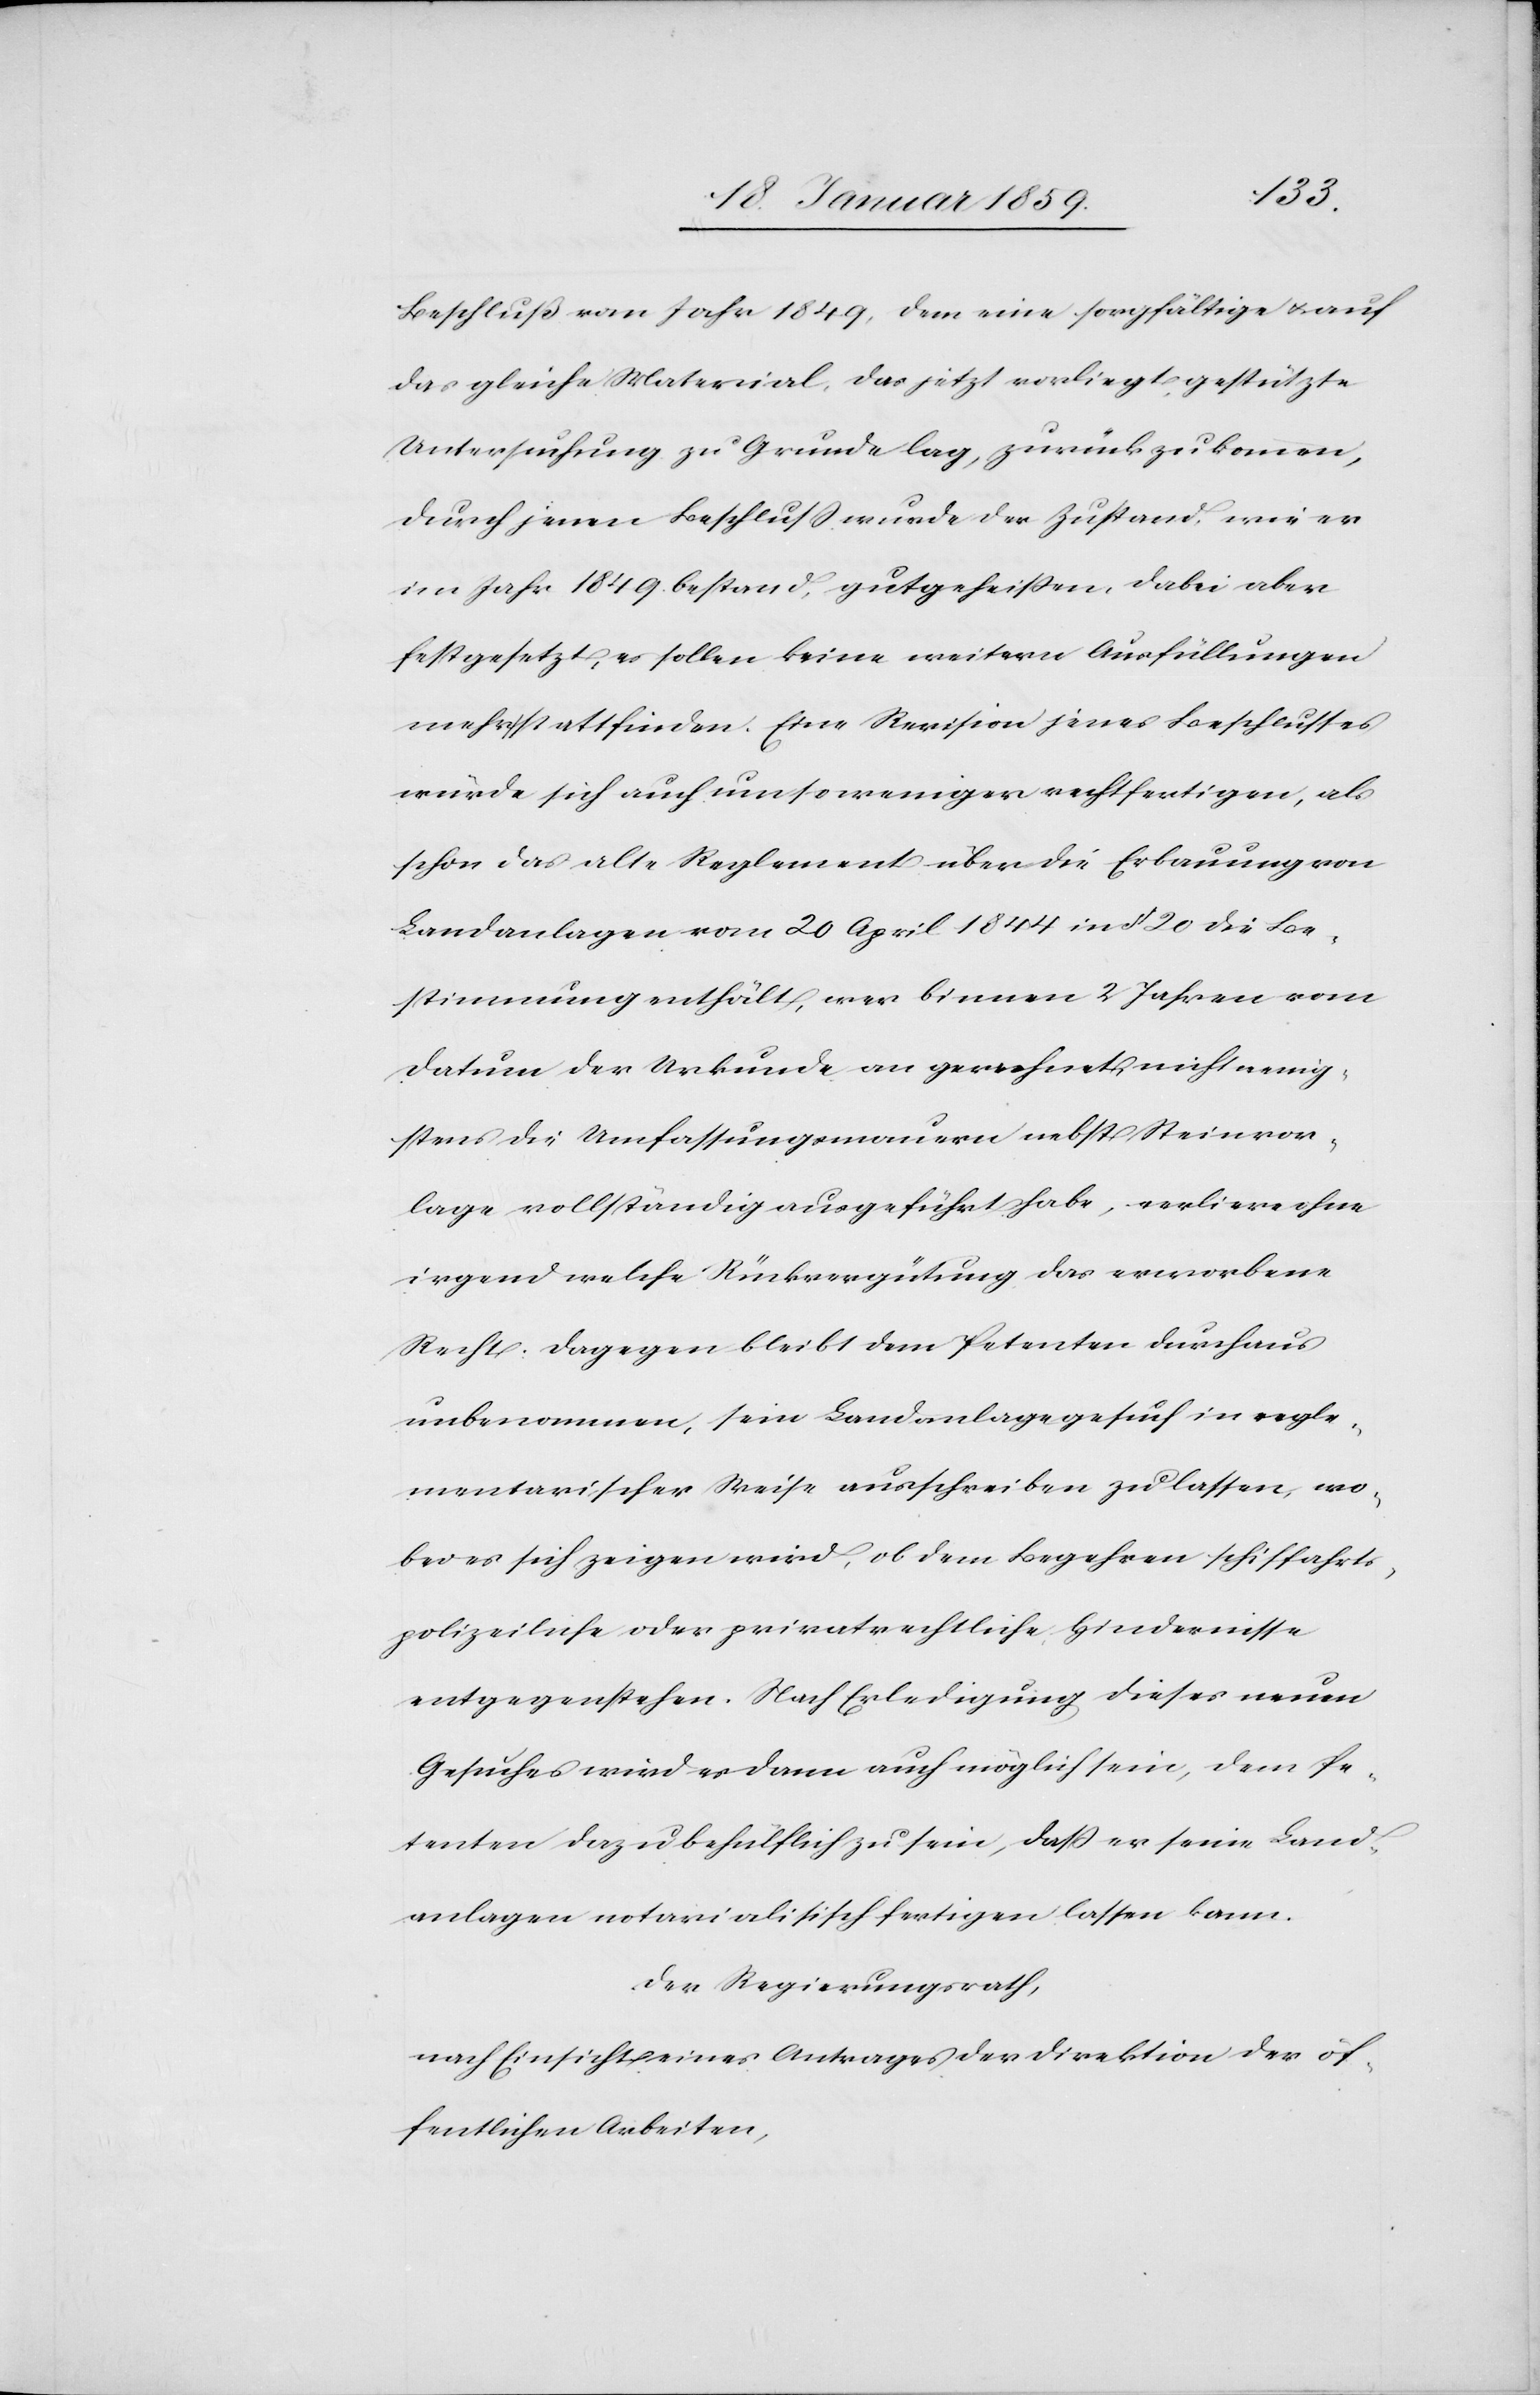
Beschluß vom Jahr 1849, dem eine sorgfältige u. auf
das gleiche Material, das jetzt vorliegt, gestützte
Untersuchung zu Grunde lag, zurückzukommen;
durch jenen Beschluß wurde der Zustand, wie er
im Jahr 1849 bestand, gutgeheißen, dabei aber
festgesetzt, es sollen keine weitern Ausfüllungen
mehr stattfinden. Eine Revision jenes Beschlusses
würde sich auch umsoweniger rechtfertigen, als
schon das alte Reglement über die Erbauung von
Landanlagen vom 20 April 1844 in § 20 die Be¬
stimmung enthält, wer binnen 2 Jahren vom
Datum der Urkunde an gerechnet, nicht wenig¬
stens die Umfassungsmauern nebst Steinvor¬
lage vollständig ausgeführt habe, verliere ohne
irgend welche Rückvergütung das erworbene
Recht: dagegen bleibt dem Petenten durchaus
unbenommen, sein Landanlagegesuch in regle¬
mentarischer Weise ausschreiben zu lassen, wo¬
bei es sich zeigen wird, ob dem Begehren schiffahrts¬
polizeiliche oder privatrechtliche Hindernisse
entgegenstehen. Nach Erledigung dieses neuen
Gesuches wird es dann auch möglich sein, dem Pe¬
tenten dazu behülflich zu sein, daß er seine Land¬
anlagen notarialis[t]isch fertigen lassen kann.
Der Regierungsrath,
nach Einsicht eines Antrages der Direktion der öf¬
fentlichen Arbeiten,